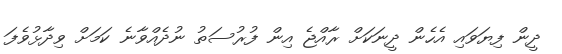
ދީން ފިޔަވައި އެހެން ދީނަކަށް ރާއްޖެ އިން ފުރުސަތު ނުދެއްވާނެ ކަމަށް ވިދާޅުވެފަ